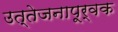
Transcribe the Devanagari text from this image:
उत्तेजनापूर्वक